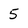
Character: 5